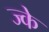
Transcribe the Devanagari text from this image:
ज्के